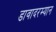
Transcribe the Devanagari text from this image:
डावादरम्यान